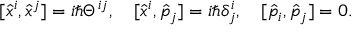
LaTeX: [ \hat { x } ^ { i } , \hat { x } ^ { j } ] = i \hbar \Theta ^ { i j } , \quad [ \hat { x } ^ { i } , \hat { p } _ { j } ] = i \hbar \delta _ { j } ^ { i } , \quad [ \hat { p } _ { i } , \hat { p } _ { j } ] = 0 .